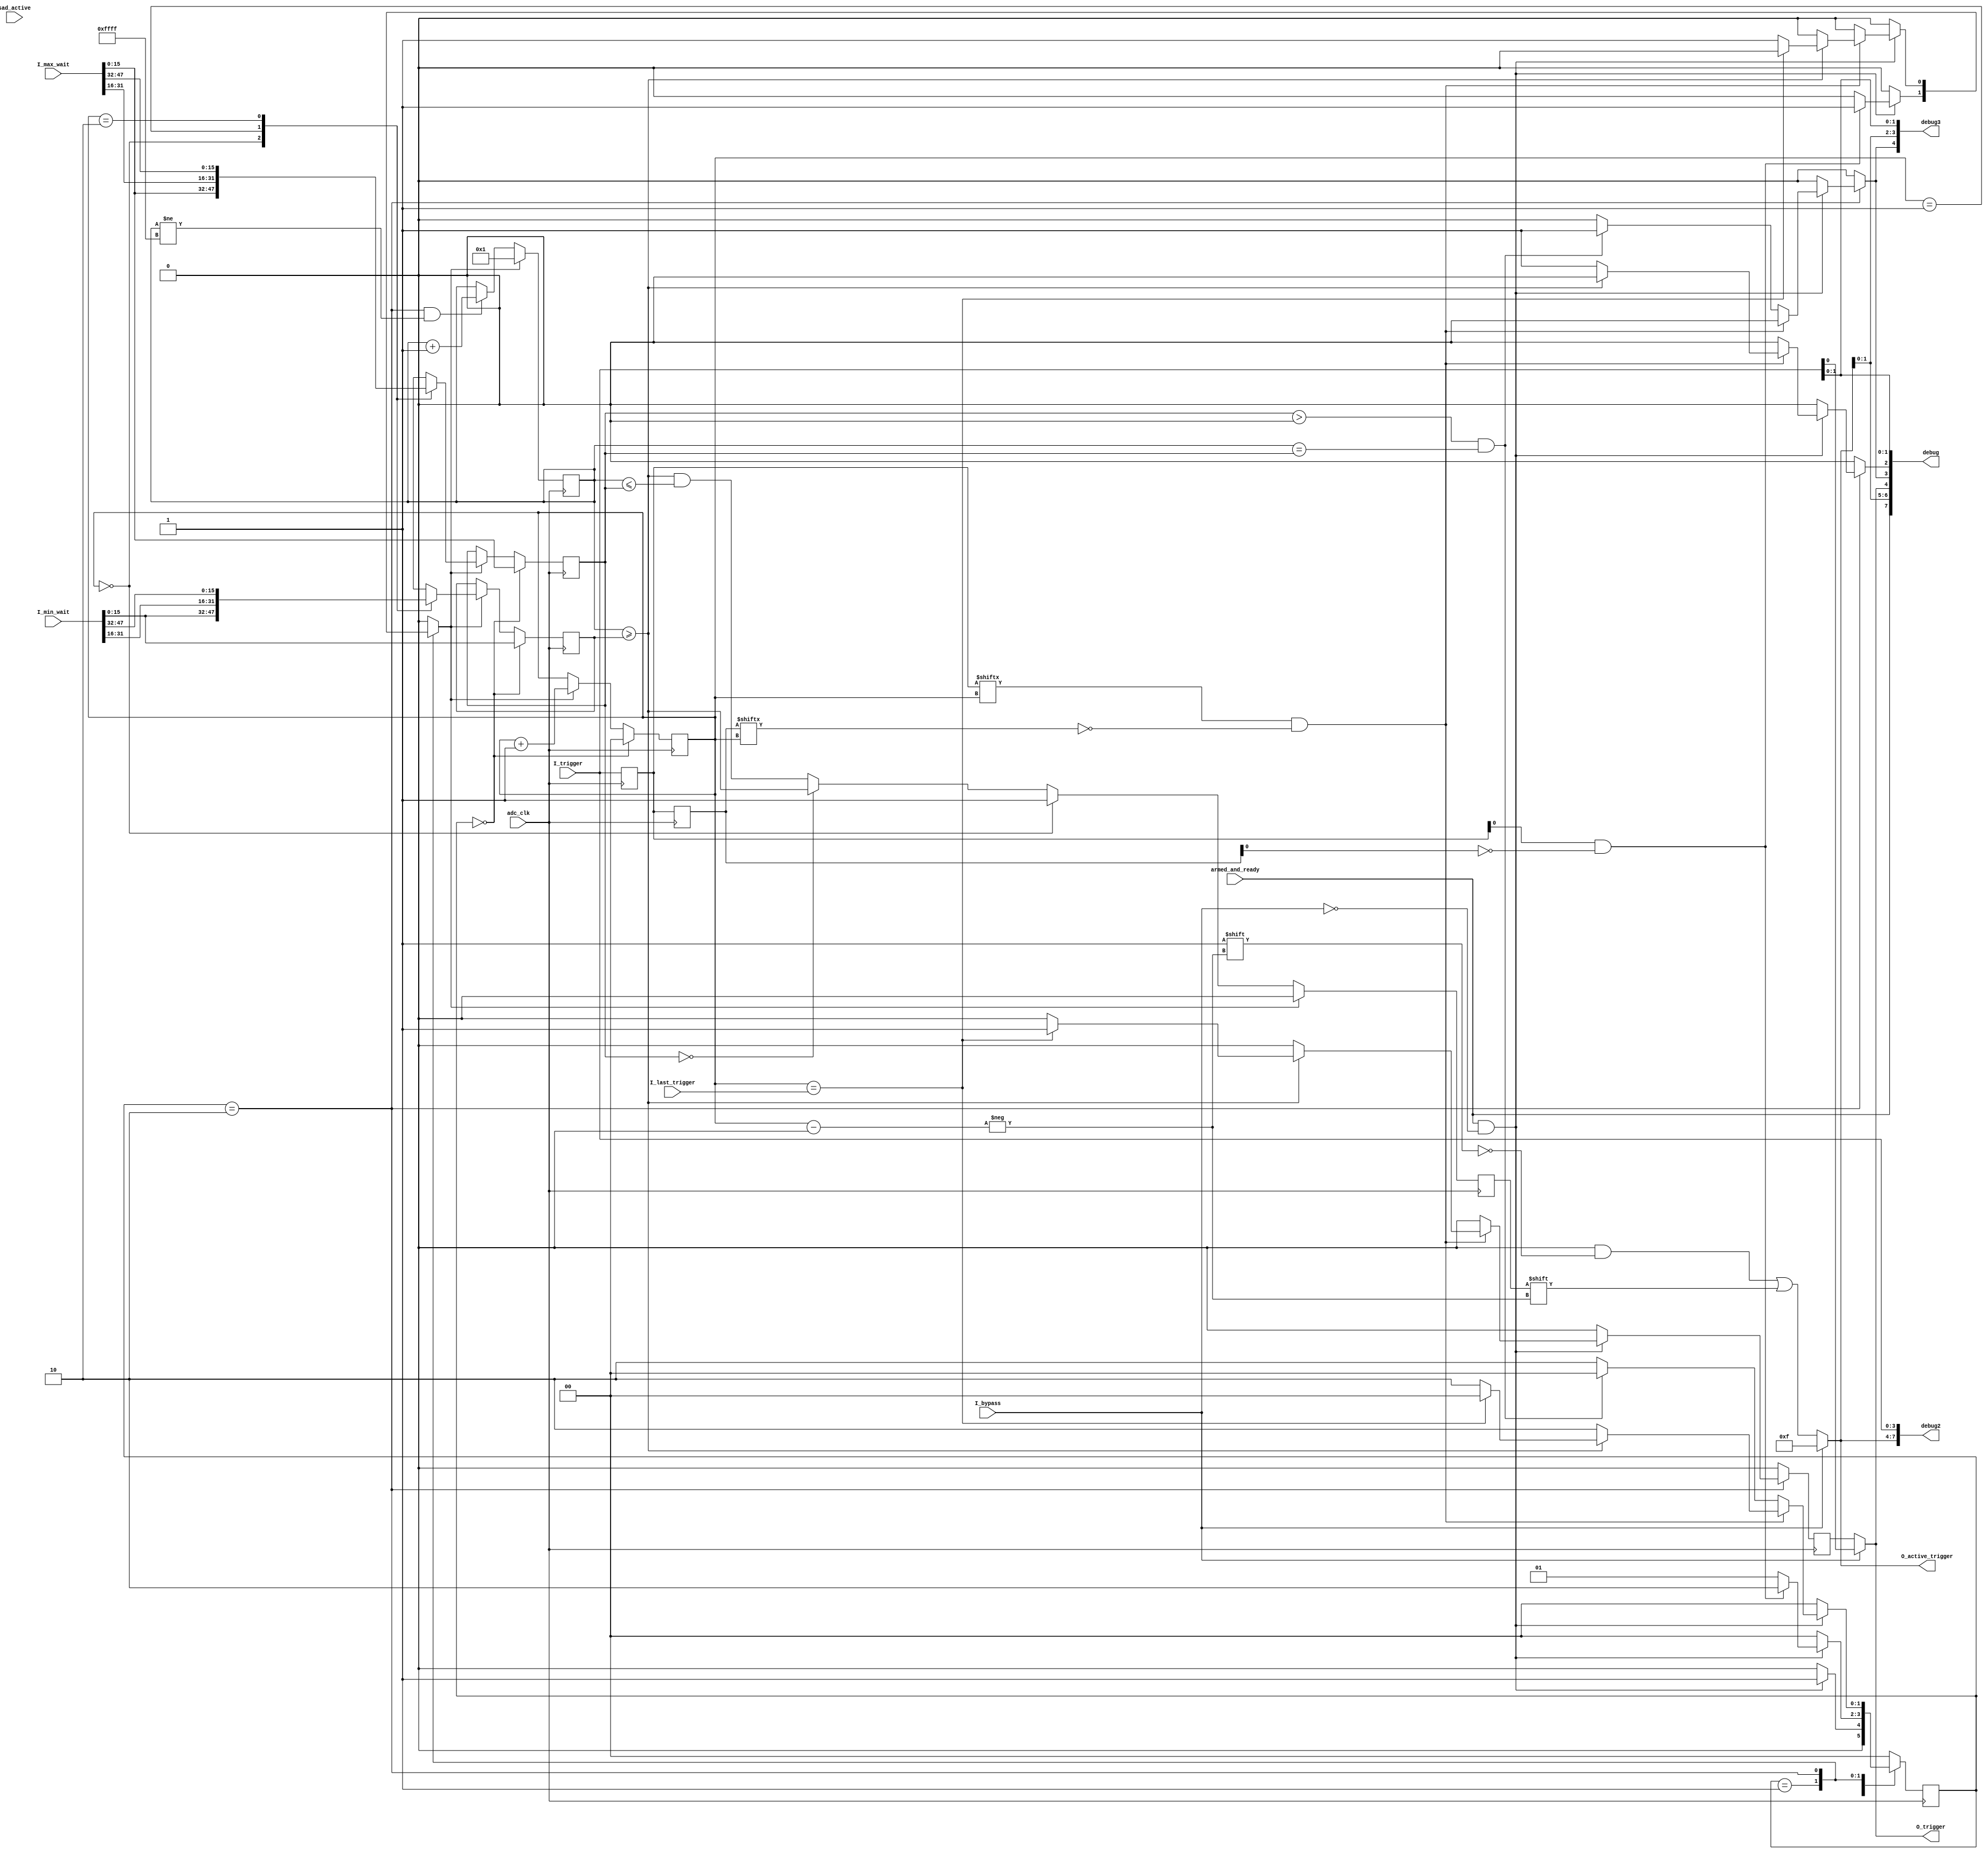
`timescale 1ns / 1ps
`default_nettype none
/***********************************************************************
This file is part of the ChipWhisperer Project. See www.newae.com for more
details, or the codebase at http://www.chipwhisperer.com

Copyright (c) 2023, NewAE Technology Inc. All rights reserved.
Author: Jean-Pierre Thibault <jpthibault@newae.com>

  chipwhisperer is free software: you can redistribute it and/or modify
  it under the terms of the GNU General Public License as published by
  the Free Software Foundation, either version 3 of the License, or
  (at your option) any later version.

  chipwhisperer is distributed in the hope that it will be useful,
  but WITHOUT ANY WARRANTY; without even the implied warranty of
  MERCHANTABILITY or FITNESS FOR A PARTICULAR PURPOSE.  See the
  GNU Lesser General Public License for more details.

  You should have received a copy of the GNU General Public License
  along with chipwhisperer.  If not, see <http://www.gnu.org/licenses/>.
*************************************************************************/

module trigger_sequencer #(
    parameter                                           pNUM_TRIGGERS = 4,
    parameter                                           pCOUNTER_WIDTH = 16
)(
    input  wire                                         adc_clk,

    input  wire                                         armed_and_ready,
    input  wire                                         I_bypass,
    input  wire [pNUM_TRIGGERS-1:0]                     I_trigger,
    input  wire [(pNUM_TRIGGERS-1)*pCOUNTER_WIDTH-1:0]  I_min_wait,
    input  wire [(pNUM_TRIGGERS-1)*pCOUNTER_WIDTH-1:0]  I_max_wait,
    input  wire [3:0]                                   I_last_trigger,         // when using fewer than pNUM_TRIGGERS
    output wire                                         O_trigger,
    output reg  [pNUM_TRIGGERS-1:0]                     O_active_trigger,       // indicates which trigger we're waiting for
    output wire [7:0]                                   debug,
    output wire [7:0]                                   debug2,
    output wire [4:0]                                   debug3,
    input  wire                                         sad_active              // debug only
);

    localparam pTRIGGER_WIDTH = (pNUM_TRIGGERS ==  2)? 1 :
                                (pNUM_TRIGGERS <=  4)? 2 :
                                (pNUM_TRIGGERS <=  8)? 3 :
                                (pNUM_TRIGGERS <= 16)? 4 : 0;

    wire [pCOUNTER_WIDTH-1:0] min_wait [0:pNUM_TRIGGERS-2];
    wire [pCOUNTER_WIDTH-1:0] max_wait [0:pNUM_TRIGGERS-2];
    reg  [pCOUNTER_WIDTH-1:0] next_min_wait;
    reg  [pCOUNTER_WIDTH-1:0] next_max_wait;

    genvar i;
    generate 
        for (i = 0; i < pNUM_TRIGGERS-1; i = i + 1) begin
            assign min_wait[i] = I_min_wait[i*pCOUNTER_WIDTH +: pCOUNTER_WIDTH];
            assign max_wait[i] = I_max_wait[i*pCOUNTER_WIDTH +: pCOUNTER_WIDTH];
        end
    endgenerate

    reg [pNUM_TRIGGERS-1:0] trigger_r;
    reg [pNUM_TRIGGERS-1:0] trigger_r2;
    reg [pCOUNTER_WIDTH-1:0] counter;
    reg [pTRIGGER_WIDTH-1:0] slot;
    reg incr_index;
    reg reset_counter;
    reg sequence_trigger;
    reg sequence_trigger_reg;
    reg too_late;
    reg too_early;
    reg trigger_allowed;

    reg [1:0] state, next_state;
    localparam pS_IDLE = 0;
    localparam pS_WAIT_FIRST_TRIGGER = 1;
    localparam pS_WAIT_NEXT_TRIGGER = 2;

    assign O_trigger = (I_bypass)? I_trigger[0] : sequence_trigger_reg;

    assign debug = {armed_and_ready, O_active_trigger[1:0], O_trigger, too_late, too_early, I_trigger[1:0]};

    generate
        if (pNUM_TRIGGERS >= 4)
            assign debug2 = {O_active_trigger[3:0], I_trigger[3:0]};
        else
            assign debug2 = 8'b0;
    endgenerate

    assign debug3 = {too_late, O_active_trigger[1:0], I_trigger[1:0]};

    wire sequencer_enabled = armed_and_ready && ~I_bypass;

    always @(*) begin
        next_state = pS_IDLE;
        incr_index = 0;
        reset_counter = 0;
        sequence_trigger = 0;
        too_late = 0;
        too_early = 0;

        case (state)

            pS_IDLE: begin
                if (sequencer_enabled) 
                    next_state = pS_WAIT_FIRST_TRIGGER;
                else
                    next_state = pS_IDLE;
            end

            pS_WAIT_FIRST_TRIGGER: begin
                if (~sequencer_enabled)
                    next_state = pS_IDLE;
                else if (trigger_r[0] && ~trigger_r2[0]) begin
                    reset_counter = 1;
                    incr_index = 1;
                    next_state = pS_WAIT_NEXT_TRIGGER;
                end
                else
                    next_state = pS_WAIT_FIRST_TRIGGER;
            end

            pS_WAIT_NEXT_TRIGGER: begin
                if (~sequencer_enabled)
                    next_state = pS_IDLE;
                else if (trigger_r[slot] && ~trigger_r2[slot]) begin
                    if (counter >= next_min_wait) begin
                        // we don't check max_trigger here  because that's handled later
                        if (slot == I_last_trigger) begin
                            sequence_trigger = 1'b1;
                            next_state = pS_IDLE;
                        end
                        else begin
                            next_state = pS_WAIT_NEXT_TRIGGER;
                            reset_counter = 1;
                            incr_index = 1;
                        end
                    end
                    else begin
                        too_early = 1; // for debug only
                        //next_state = pS_IDLE; // give up now?
                        next_state = pS_WAIT_NEXT_TRIGGER; // no, keep waiting!
                    end
                end
                else if ((next_max_wait > 0) && (counter == next_max_wait)) begin
                    too_late = 1;
                    next_state = pS_IDLE;
                end
                else
                    next_state = pS_WAIT_NEXT_TRIGGER;
            end

        endcase
    end


    always @(*) begin
        if (I_bypass)
            O_active_trigger = {pNUM_TRIGGERS{1'b1}}; // ensure no trigger gets blocked
        else begin
            O_active_trigger = 0;
            O_active_trigger[slot] = trigger_allowed;
        end
    end

    always @(posedge adc_clk) begin
        state <= next_state;
        sequence_trigger_reg <= sequence_trigger;
        trigger_r <= I_trigger;
        trigger_r2 <= trigger_r;

        if (state == pS_IDLE) begin
            slot <= 0;
            next_min_wait <= min_wait[0];
            next_max_wait <= max_wait[0];
        end
        else if (incr_index) begin
            slot <= slot + 1;
            next_min_wait <= min_wait[slot]; // note this doesn't get the incremented slot!
            next_max_wait <= max_wait[slot];
        end

        if (reset_counter)
            counter <= 1;
        else if ((state == pS_WAIT_NEXT_TRIGGER) && (counter != {pCOUNTER_WIDTH{1'b1}}))
            counter <= counter + 1;

        if (incr_index) // prevent errant pulse
            trigger_allowed <= 1'b0;
        else if (slot == 0)
            trigger_allowed <= 1'b1;
        else if (next_max_wait == 0)
            trigger_allowed <= (counter >= next_min_wait);
        else
            trigger_allowed <= (counter >= next_min_wait) && (counter <= next_max_wait);

    end



    // debug only:
    wire [pCOUNTER_WIDTH-1:0] min_wait0 = min_wait[0];
    wire [pCOUNTER_WIDTH-1:0] min_wait1 = min_wait[1];
    wire [pCOUNTER_WIDTH-1:0] min_wait2 = min_wait[2];

    wire [pCOUNTER_WIDTH-1:0] max_wait0 = max_wait[0];
    wire [pCOUNTER_WIDTH-1:0] max_wait1 = max_wait[1];
    wire [pCOUNTER_WIDTH-1:0] max_wait2 = max_wait[2];



endmodule
`default_nettype wire